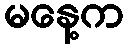
မနေ့က